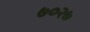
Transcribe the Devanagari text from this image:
७०२७